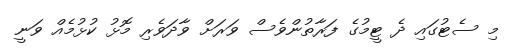
މި ސެޓުގައި ދެ ޓީމުގެ ފަރާތުންވެސް ވަރަށް ވާދަވެރި މޮޅު ކުޅުމެއް ވަނީ